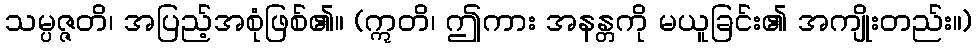
သမ္ပဇ္ဇတိ၊ အပြည့်အစုံဖြစ်၏။ (ဣတိ၊ ဤကား အနန္တကို မယူခြင်း၏ အကျိုးတည်း။)